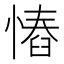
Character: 𢠅